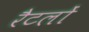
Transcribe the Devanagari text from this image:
रैटलों